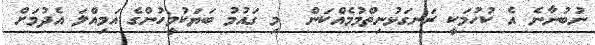
ނުބުނާނެ އެ ކުހުމަކީ ރަނގަޅުނިތްމުމެއްކަން  މި ގައުމު ބަޔަކުމީހުންގެ އަމިއްލަ އެދުމަށް